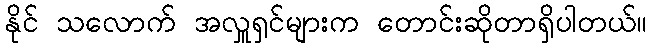
နိုင် သလောက် အလှူရှင်များက တောင်းဆိုတာရှိပါတယ်။